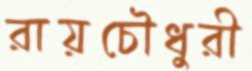
রায়চৌধুরী